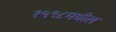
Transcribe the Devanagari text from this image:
१५९८मधील